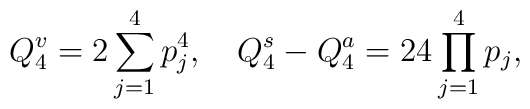
Q_4^v=2\sum_{j=1}^4p_j^4,\quad Q_4^s-Q_4^a=24\prod_{j=1}^4p_j,